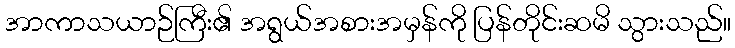
အာကာသယာဉ်ကြီး၏ အရွယ်အစားအမှန်ကို ပြန်တိုင်းဆမိ သွားသည်။